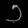
Digit: ၁